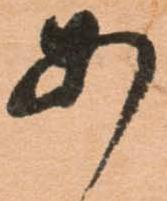
あ